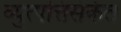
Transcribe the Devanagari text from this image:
व्युत्पत्तिसंकेत